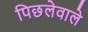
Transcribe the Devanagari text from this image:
पिछलेवाले